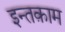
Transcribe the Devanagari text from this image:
इन्तक़ाम